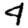
Digit: 4